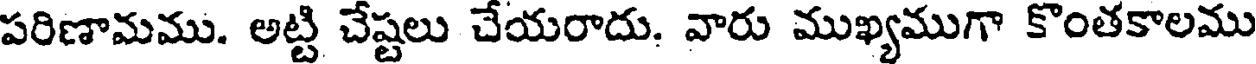
పరిణామము. అట్టి చేష్టలు చేయరాదు. వారు ముఖ్యముగా కొంతకాలము